Calcutta medical institutions reports 1879-81 [i.e.91]
Year: 1879
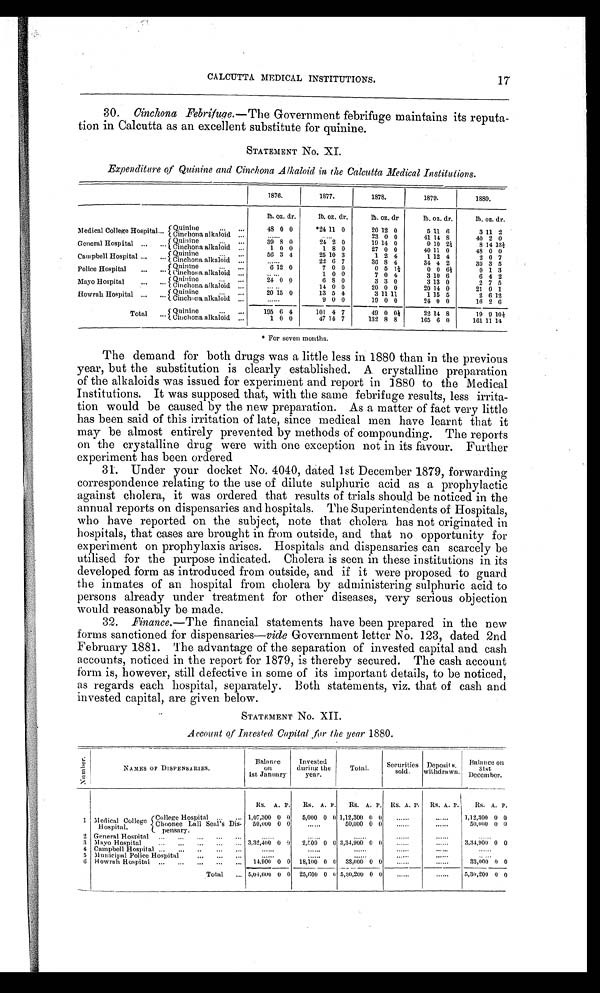
CALCUTTA MEDICAL INSTITUTIONS. 17
30. Cinchona Febrifuge .—The Government febrifuge maintains its reputa-
tion in Calcutta as an excellent substitute for quinine.
STATEMENT No. XI.
Expenditure Of Quinine and Cinchona Alkaloid in the Calcutta Medical Institutions.
1876.
1877.
1878.
1879.
1880.
lb. oz. d r .
lb. oz. dr.
lb. oz. dr.
lb. oz. dr.
lb. oz. dr.
Medical College Hospital
Quinine
48 0 0
*24 11 0
20 12 0
5 11 6
3 11
Cinchona alkaloid
. . . .
. .
. . . .
. .
23 0 0
41 14 8
40 2 0
General Hospital
Quinine
39 8 0
24 2 0
19 14 0
9 10 2½
8 14 1 3 ½
Cinchona alkaloid
1 0 0
1 8 0
27 0 0
40 11 0
4 8 0 0
Campbell Hospital
Quinine
56 3 4
25 10 3
1 2 4
1 12 4
2 0 7
Cinchona alkaloid
. . . . . .
22 6 7
36 8 4
34 4 2
3 0 3 5
Police Hospital
Quinine
6 1 2 0
7 0 0
0 5 I½
0 0 6½
0 1 3
Cinchona alkaloid
. . . .
. .
1 0 0
7 0 4
3 10 6
6 4 2
Mayo Hospital
Q u i n i n e
2 4 0 0
6 8 0
3 3 0
3 13 0
2 7 5
Cinchona alkaloid
. . . . . .
14 0 0
20 0 0
20 14 0
21 0
1
Howrah Hospital
Quinine
20 15 0
13 5 4
3 11 11
1 15 5
2 6 1 2
Cinchona alkaloid
. . . . . .
9 0 0
19 0 0
24 0 0
16 2 6
Total
Quinine
195 6 4
101 4 7
49 0 0 ½
22 14 8
19 9 10½
Cinchona alkaloid
1 0 0
47 14 7
132 8 8
165 6 0
161 11 14
* For seven months.
The demand for both drugs was a little less in 1880 than in the previous
year, but the substitution is clearly established. A crystalline preparation
of the alkaloids was issued for experiment and report in 1880 to the Medical
Institutions. It was supposed that, with the same febrifuge results, less irrita-
tion would be caused by the new preparation. As a matter of fact very little
has been said of this irritation of late, since medical men have learnt that it
may be almost entirely prevented by methods of compounding. The reports
on the crystalline drug were with one exception not in its favour. Further
experiment has been ordered
31. Under your docket No. 4040, dated 1st December 1879, forwarding
correspondence relating to the use of dilute sulphuric acid as a prophylactic
against cholera, it was ordered that results of trials should be noticed in the
annual reports on dispensaries and hospitals. The Superintendents of Hospitals,
who have reported on the subject, note that cholera has not originated in
hospitals, that cases are brought in from outside, and that no opportunity for
experiment on prophylaxis arises. Hospitals and dispensaries can scarcely be
utilised for the purpose indicated. Cholera is seen in these institutions in its
developed form as introduced from outside, and if it were proposed to guard
the inmates of an hospital from cholera by administering sulphuric acid to
persons already under treatment for other diseases, very serious objection
would reasonably be made.
32. Finance.—The financial statements have been prepared in the new
forms sanctioned for dispensaries— vide Government letter No. 123, dated 2nd
February 1881. The advantage of the separation of invested capital and cash
accounts, noticed in the report for 1879, is thereby secured. The cash account
form is, however, still defective in some of its important details, to be noticed,
as regards each hospital, separately. Both statements, viz. that of cash and
invested capital, are given below.
STATEMENT No. XII
Account of Invested Capital for the year 1880.
Numbe r .
NAMES OF DISPENSARIES.
Ba l a n c e o n 1 s t J a n u a r y .
I nve s t e d dur i ng t he ye a r .
Total.
Securities
sold.
Deposi t s wi t hdrawn.
B a l a n c e o n 3 1 s t D e c e m b e r .
Rs. A. P. Rs. A. P. Rs. A. P. Rs. A. P. Rs. A. P. Rs. A. P.
1
Medical College
Hospi t al .
College Hospital
1,07,300 0 0 5,000 0 0 1,12,300 0 0
. . . . . .
. . . . . . 1,12,300 0 0
Choonee Lall Seal's Dis-pensary. 50,000 0 0
. . . . . . 50,000 0 0
. . . . . .
. . . . . . 50,000 0 0
2 General Hospital
. . . . . .
. . . . . .
. . . . . .
. . . . . .
. . . . . .
. . . . . .
3 Mayo Hospital
3,32,400 0 0 2,500 0 0 3,34,900 0 0
. . . . . .
. . . . . . 3,34,900 0 0
4 Campbell Hospital
. . . . . .
. . . . . .
. . . . . .
. . . . . .
. . . . . .
. . . . . .
5 Municipal Police Hospital
. . . . . .
. . . . . .
. . . . . .
. . . . . .
. . . . . .
. . . . . .
6 Howrah Hospital
1 4 , 9 0 0 0 0 18,100 0 0 33,000 0 0
. . . . . .
. . . . . . 33,000 0 0
Total
5,04,600 0 0 25,600 0 0 5,30,200 0 0
. . . . . .
. . . . . .
5,30,200 0 0